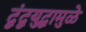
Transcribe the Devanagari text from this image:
द्वंद्वयुद्धामुळे